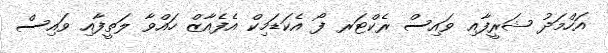
އަހްމަދު ޝަރީފާއި ވައިސް ރެކްޓަރ ފޯ އެކަޑަމިކް އެފެއާޒް ހައްވާ ލަތީފާއި ވައިސް